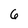
Character: 6